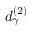
d _ { \gamma } ^ { ( 2 ) }